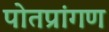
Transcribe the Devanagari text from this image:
पोतप्रांगण